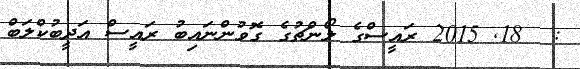
:  18